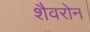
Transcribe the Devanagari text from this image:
शैवरोन